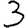
Digit: 3